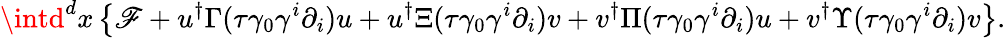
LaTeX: \intd^{d}x\left\{ \mathscr{F}+u^{\dagger}\Gamma(\tau\gamma_{0}\gamma^{i}\partial_{i})u+u^{\dagger}\Xi(\tau\gamma_{0}\gamma^{i}\partial_{i}){v}+{v}^{\dagger}\Pi(\tau\gamma_{0}\gamma^{i}\partial_{i})u+{v}^{\dagger}\Upsilon(\tau\gamma_{0}\gamma^{i}\partial_{i}){v}\right\} .